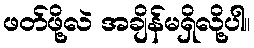
ဖတ်ဖို့လဲ အချိန်မရှိလို့ပါ။